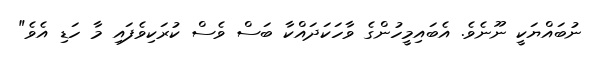
ނުބައްޔަކީ ނޫނެވެ. އެބައިމީހުންގެ ވާހަކަދައްކާ ބަސް ވެސް ކުރަކިވެފައި މާ ހަޑި އެވެ"